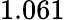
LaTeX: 1.061